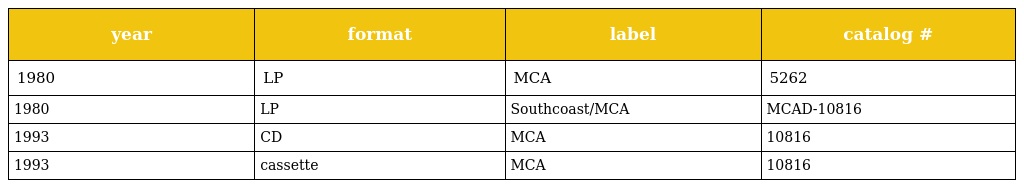
| year | format | label | catalog # |
 | --- | --- | --- | --- |
 | 1980 | LP | MCA | 5262 |
 | 1980 | LP | Southcoast/MCA | MCAD-10816 |
 | 1993 | CD | MCA | 10816 |
 | 1993 | cassette | MCA | 10816 |